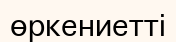
өркениетті